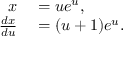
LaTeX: \begin{array} { r l } { x } & { { } = u e ^ { u } , } \\ { { \frac { d x } { d u } } } & { { } = ( u + 1 ) e ^ { u } . } \end{array}